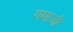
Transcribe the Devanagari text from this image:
गमाजी